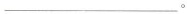
___。